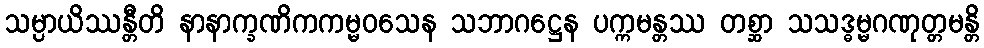
သမ္ပာယိဿန္တီတိ နာနာက္ခဏိကကမ္မဝသေန သဘာဂဋ္ဌေန ပက္ကမန္တဿ တစ္ဆာ သသဒ္ဓမ္မဂဏုတ္တမန္တိ